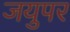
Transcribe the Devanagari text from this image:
जयुपर